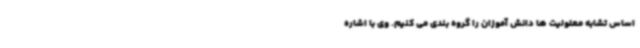
اساس تشابه معلولیت ها دانش آموزان را گروه بندی می کنیم. وی با اشاره